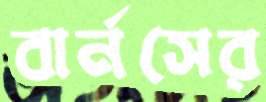
বার্নসের